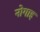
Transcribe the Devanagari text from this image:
नोगाइ